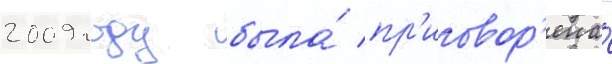
2009 году была́ пр'иговор'ена́